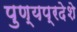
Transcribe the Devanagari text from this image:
पुण्यप्रदेशे